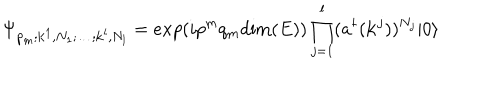
\Psi _ { p _ { m } ; { \bf k } ^ { 1 } , N _ { 1 } ; \dots ; { \bf k } ^ { l } , N _ { l } } = e x p ( i p ^ { m } q _ { m } \mathrm { d i m } ( E ) ) \prod _ { j = 1 } ^ { l } ( a ^ { \dagger } ( { \bf k } ^ { j } ) ) ^ { N _ { j } } | 0 \rangle